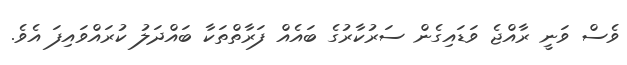
ވެސް ވަނީ ރާއްޖެ ވަޑައިގެން ސަރުކާރުގެ ބައެއް ފަރާތްތަކާ ބައްދަލު ކުރައްވައިފަ އެވެ.